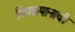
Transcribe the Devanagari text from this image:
पिंपळपानाची